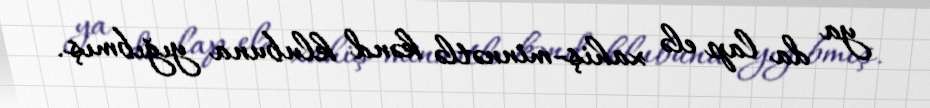
ya da lap elə xahiş-minnətlə kənd klubuna yığıbmış.